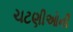
ચટણીઓની